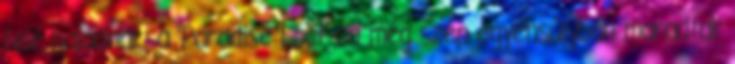
felé haladnak: a ’Paradise Lost’-on még szép egyensúlyban maradtak